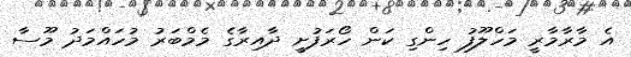
އެ މާރާމާރީ މަހްލޫފު ހިންގި ކަން ހޯރަފުށީ ދާއިރާގެ މެމްބަރު މުހައްމަދު މޫސާ